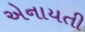
એનાયતી